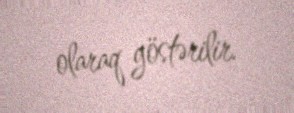
olaraq göstərilir.